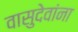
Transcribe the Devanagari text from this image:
वासुदेवांना